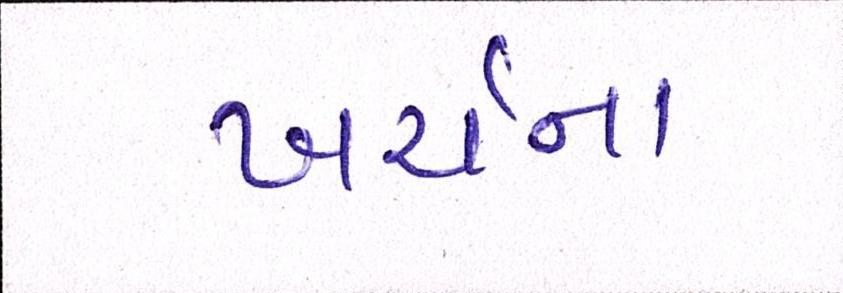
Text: ખર્ચના